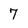
Character: 7